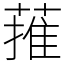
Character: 蓷